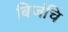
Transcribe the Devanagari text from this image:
बिजंचि